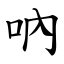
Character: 吶